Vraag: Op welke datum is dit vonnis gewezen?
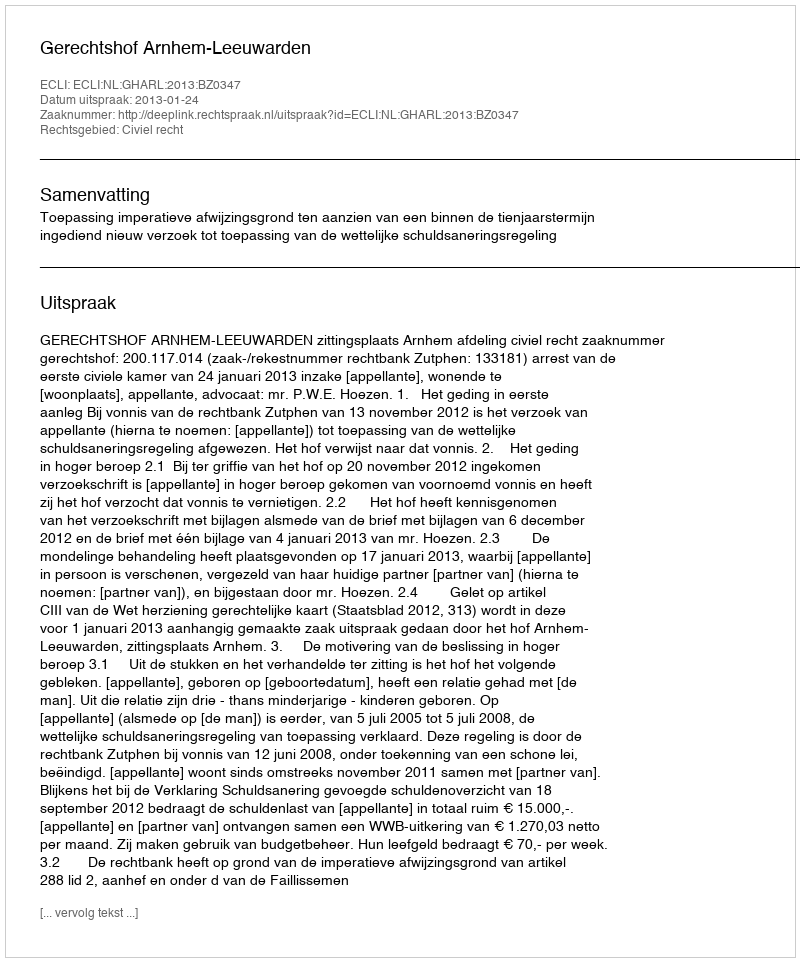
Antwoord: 2013-01-24